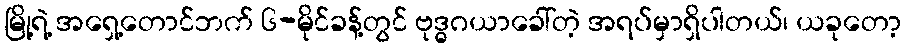
မြို့ရဲ့ အရှေ့တောင်ဘက် ၆-မိုင်ခန့်တွင် ဗုဒ္ဓဂယာခေါ်တဲ့ အရပ်မှာရှိပါတယ်၊ ယခုတော့